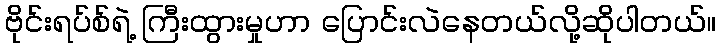
ဗိုင်းရပ်စ်ရဲ့ ကြီးထွားမှုဟာ ပြောင်းလဲနေတယ်လို့ဆိုပါတယ်။